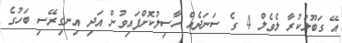
އޭ ގަބޫލުކުރާ ލެވެލް 4 ގެ ސަނަދެއް ހާސިލުކޮށްފައިވުން އަދި އިނގިރޭސި ބަހުގެ